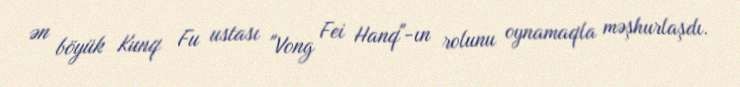
ən böyük Kunq Fu ustası "Vong Fei Hanq"-ın rolunu oynamaqla məşhurlaşdı.